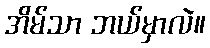
အိမ်သာ ဘယ်မှာလဲ။